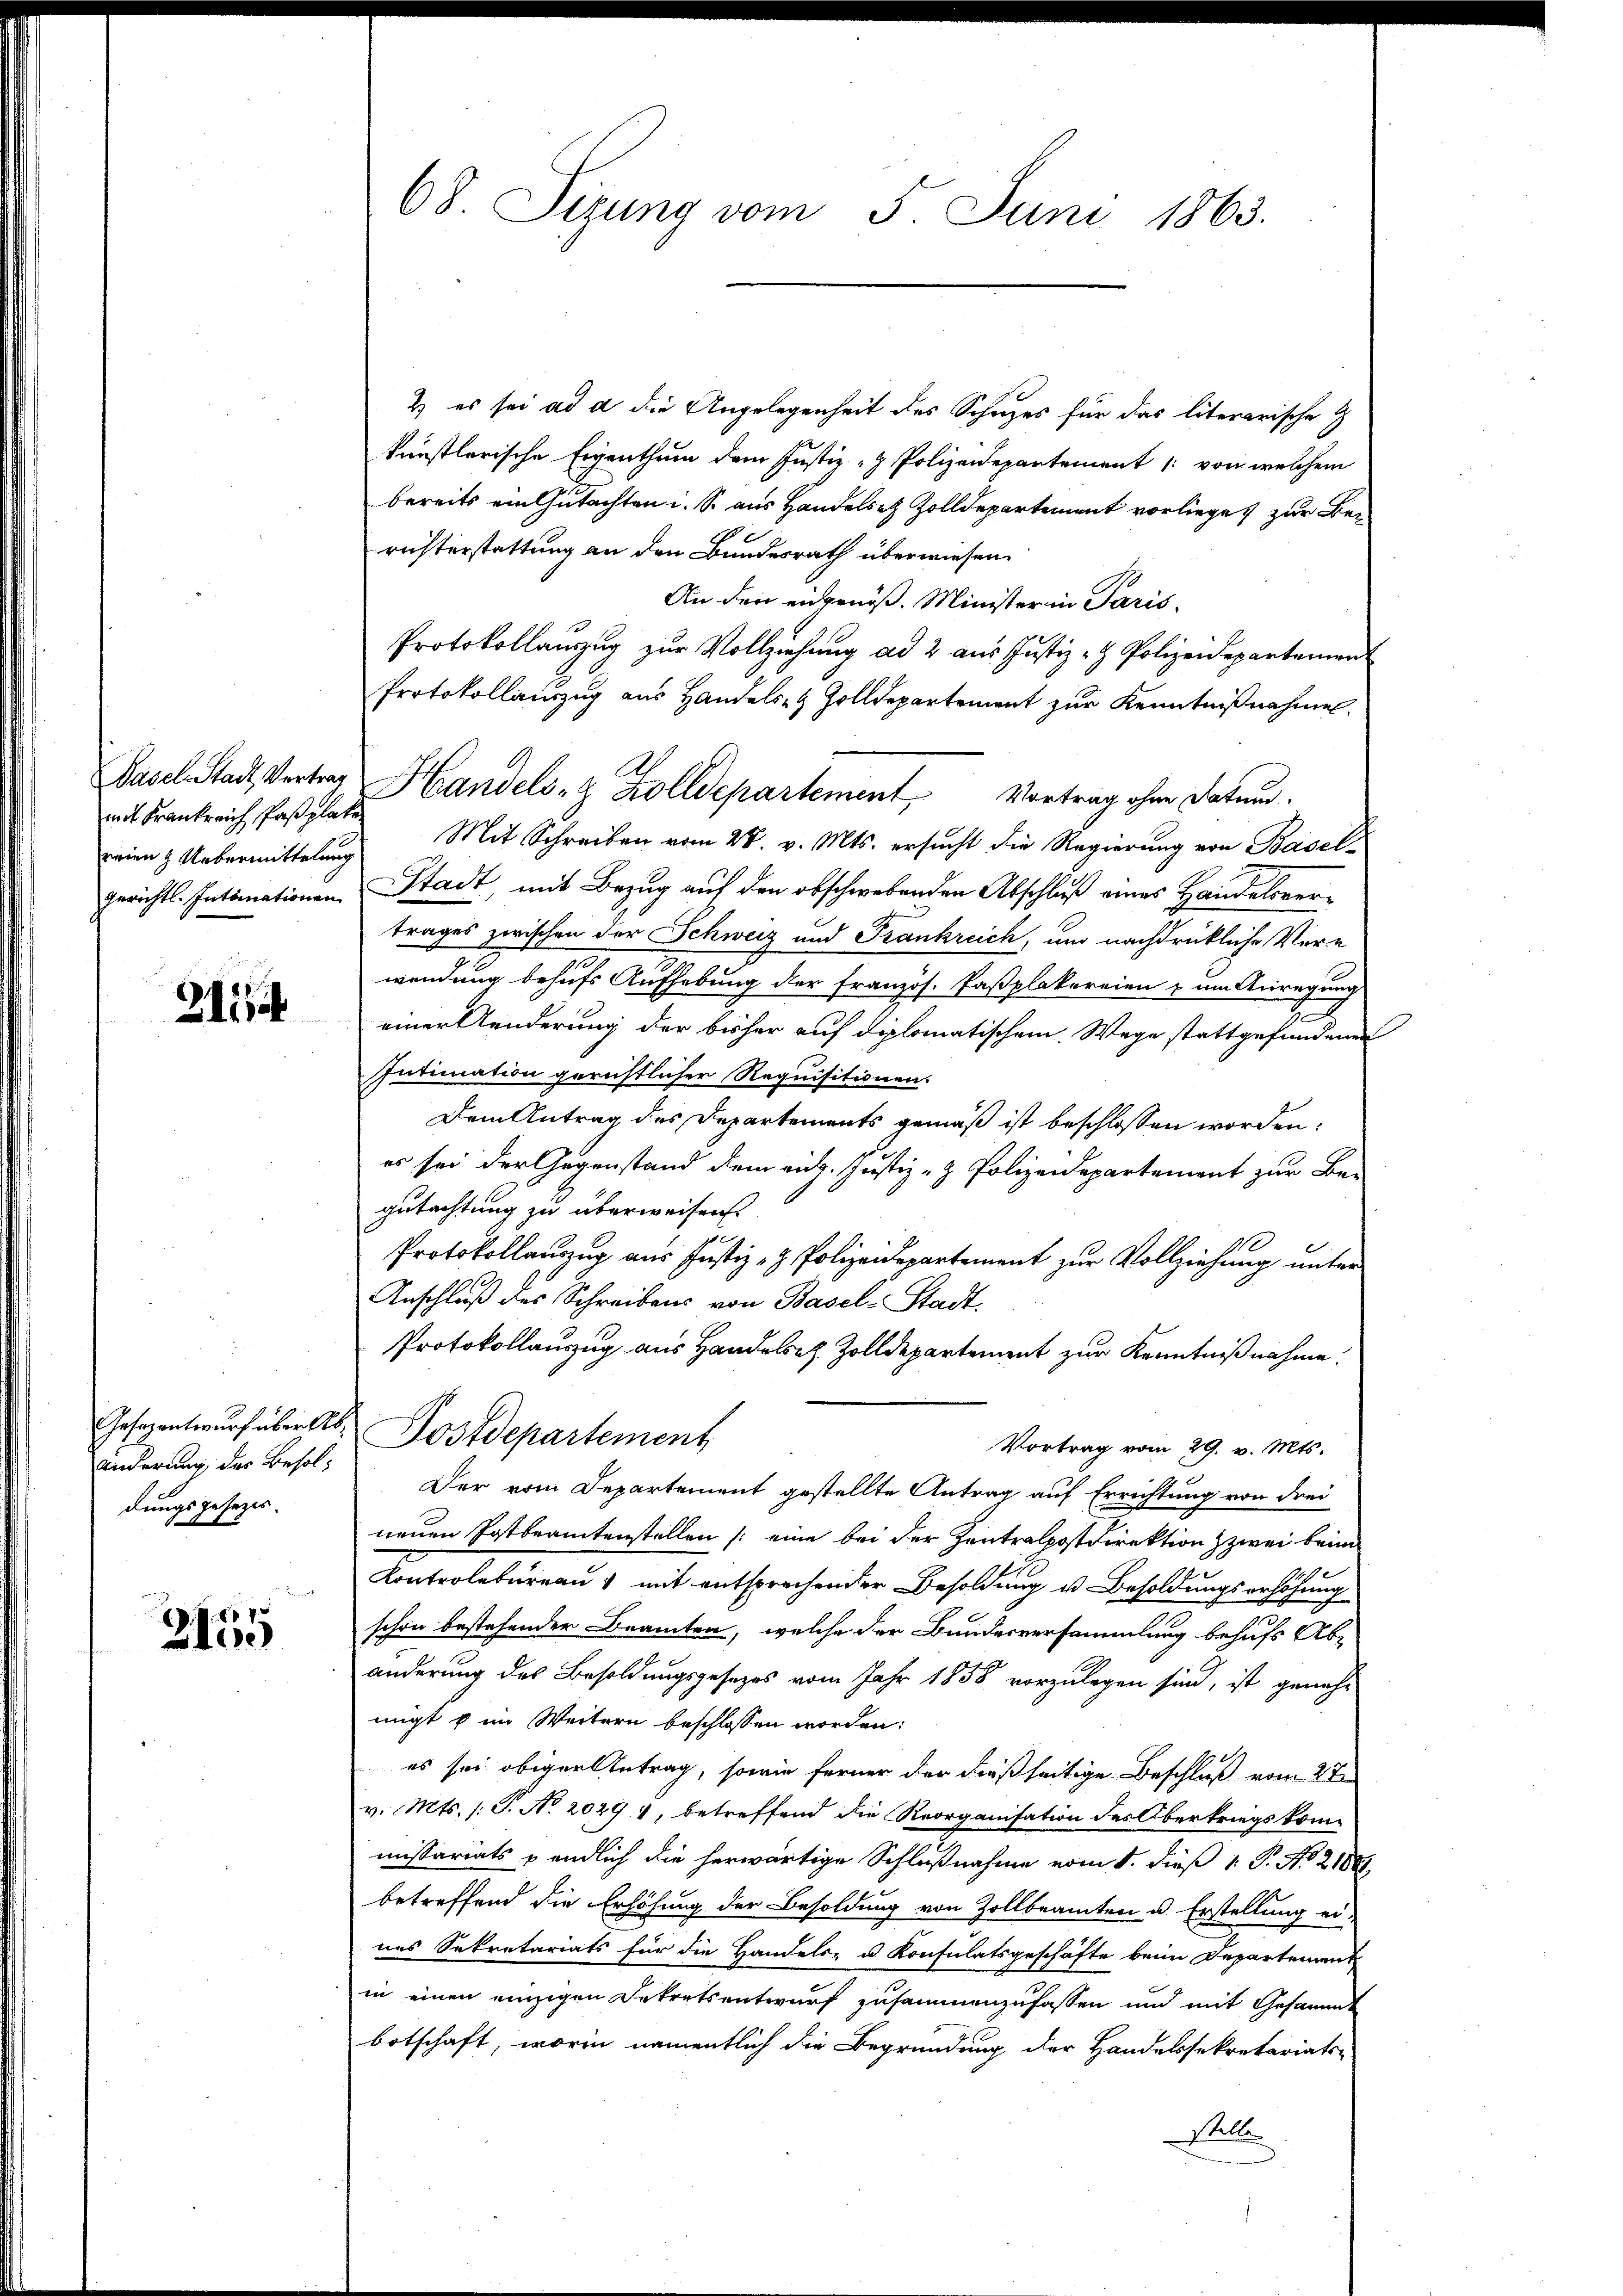
Pasel-Stadt, Vertrag
mit Frankreich Paßplate
reien & Uebermittelung
gerichtl. Intimationen

2114

Gesezentwurf über Ab¬
Änderung des Besoldungsgesezes

2155

68. Sizung vom 5. Juni 1863.

& es sei ad d die Angelegenheit des Schuzes für das literarische Z
künstlerische Eigenthum dem Justiz- & Polizeidepartement /: von welchem
bereits ein Gutachten i. S. aus Handelst Zolldepartement vorliege, zur Berichterstattung an den Bundesrath überwiesen.
An den eingenöß. Minister in Paris.
Protokollauszug zur Vollziehung ad 2 aus Justiz- & Polizeidepartement
Protokollauszug aus Handels- & Zolldepartement zŭr Kenntniβnahmen.
Handels- & Zolldepartement Vortrag ohne Datum.
Mit Schreiben vom 28. v. Mts. ersucht die Regierung von Basel-
Stadt, mit Bezug auf den obschwebenden Abschluß eines Handelsvertrages zwischen der Schweiz und Frankreich, und nachdrückliche Ver-
wendung behufs Aufhebung der französ. Paßplakereien u um Anregung
2
einer Aenderung der bisher auf diplomatischem Wege stattgefundenen
Intimation gerichtlicher Requisitionen.
Dem Antrag des Departements gemäß ist beschlossen worden:
es sei der Gegenstand dem aug. Justiz- & Polizeidepartement zur Be-
gutachtung zu überweisen.
Protokollauszug aus Justiz- & Polizeidepartement zur Vollziehung unter
Anschluß des Schreibens von Basel-Stadt.
Protokollauszug aus Handle Zolldepartement zur Kenntnißnahme.
Postdepartement
Vortrag vom 29. v. Mts.
Der vom Departement gestellte Antrag auf Errichtung von drei
neuen Postbeamtenstellen (eine bei der Zentralpostdirektion zwei beim
Kontrolbureau mit entsprechender Besoldung u. Besoldungserhöhung
schon bestehender Beamten, welche der Bundesversammlung behufs Ab-
änderung des Besoldungsgesezes vom Jahr 1858 vorzulegen sind, ist geneh-
migt u im Weitern beschlossen worden:
es sei obiger Antrag, sowie ferner der dießseitige Beschluß vom 2ten
v. Mts. (T. No. 20294, betreffend die Reorganisation des Oberkriegskommissariats & endlich die herwärtige Schlußnahme vom 1. dieß 1. P. No. 2188
betreffend die Erhöhung der Besoldung von Zollbeamten u. Erstellung ei-
nes Sekretariats für die Handels- u. Konsulatsgeschäfte beim Departement
in einen einzigen Sekretsentwurf zusammenzufassen und mit Gesammt
botschaft, worin namentlich die Begründung der Handelssekretariats-
Stelle